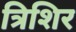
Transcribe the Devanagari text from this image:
त्रिशिर